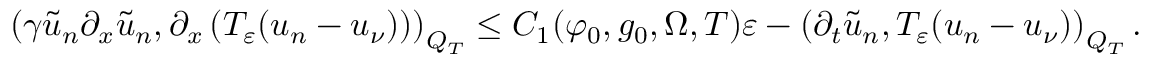
\left( \gamma \tilde { u } _ { n } \partial _ { x } \tilde { u } _ { n } , \partial _ { x } \left( T _ { \varepsilon } ( u _ { n } - u _ { \nu } ) \right) \right) _ { Q _ { T } } \leq C _ { 1 } ( \varphi _ { 0 } , g _ { 0 } , \Omega , T ) \varepsilon - \left( \partial _ { t } \tilde { u } _ { n } , T _ { \varepsilon } ( u _ { n } - u _ { \nu } ) \right) _ { Q _ { T } } .